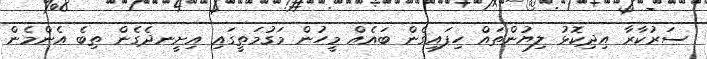
ސަރުކާރާ އިދިކޮޅު ލިޔުންތައް ހިފައިގެން ބައެއް މީހުން މަގުމަތީގައި އިށީނދެގެން ތިބެ އެންމެން